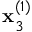
\mathbf { x } _ { 3 } ^ { ( 1 ) }